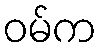
ဝမ်က